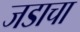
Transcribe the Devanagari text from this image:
जडाचा